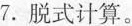
7.脱式计算。